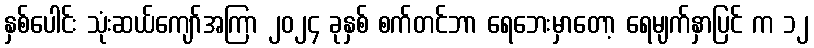
နှစ်ပေါင်း သုံးဆယ်ကျော်အကြာ ၂၀၂၄ ခုနှစ် စက်တင်ဘာ ရေဘေးမှာတော့ ရေမျက်နှာပြင် က ၁၂